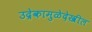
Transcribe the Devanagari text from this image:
उद्रेकामुळेदेखील